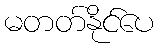
မတတ်နိုင်ပေ